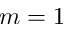
m = 1